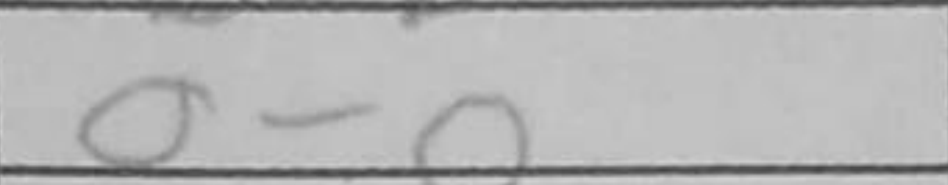
Transcription: O-O